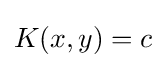
K(x,y)=c